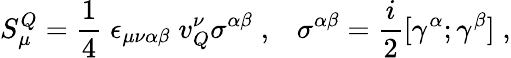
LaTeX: S_{\mu}^{Q}=\frac{1}{4}\; \epsilon_{\mu\nu\alpha\beta}\; v_{Q}^{\nu}\sigma^{\alpha\beta}\; ,\; \; \; \sigma^{\alpha\beta}=\frac{i}{2}[\gamma^{\alpha};\gamma^{\beta}]\; ,